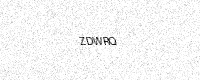
Text: ZDWRQ